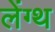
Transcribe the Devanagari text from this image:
लेंग्थ